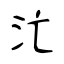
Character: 汒